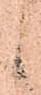
ゝ